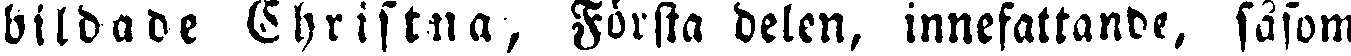
bildade Christna, Första delen, innefattande, såsom